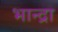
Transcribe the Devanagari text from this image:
भान्द्रा